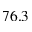
7 6 . 3